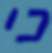
כי